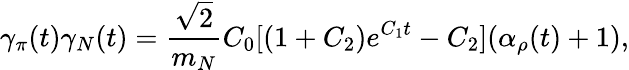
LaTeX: \gamma_{\pi}(t)\gamma_{N}(t)=\frac{\sqrt{2}}{m_{N}}C_{0}[(1+C_{2})e^{C_{1}t}-C_{2}](\alpha_{\rho}(t)+1),